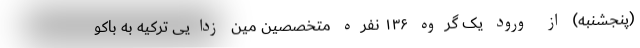
(پنجشنبه) از ورود یک گروه ۱۳۶ نفره متخصصین مین زدایی ترکیه به باکو